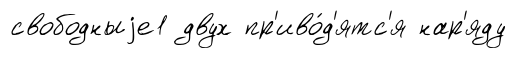
свободныjе1 двух пр'иво́д'ятс'я нар'яду